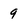
Character: 9